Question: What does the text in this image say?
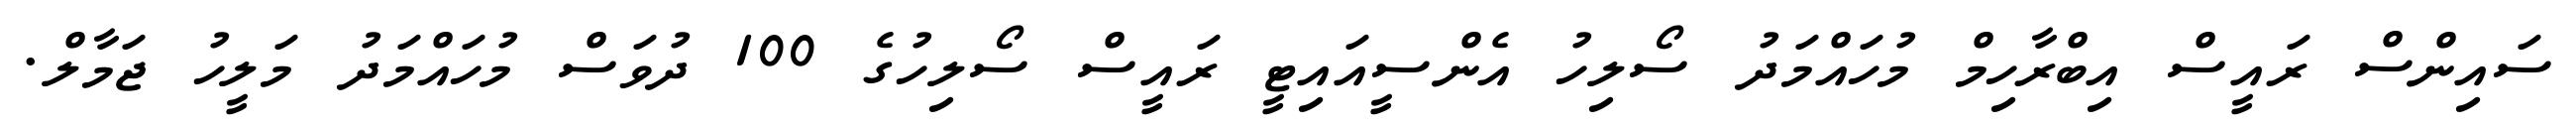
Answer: ސައިންސް ރައީސް އިބްރާހިމް މުހައްމަދު ސޯލިހު އެންސީއައިޓީ ރައީސް ސޯލިހުގެ 100 ދުވަސް މުހައްމަދު މަލީހު ޖަމާލް.